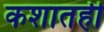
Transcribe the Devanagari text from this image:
कशातही